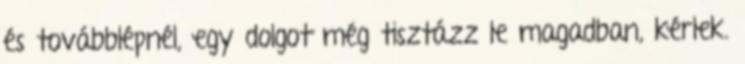
és továbblépnél, egy dolgot még tisztázz le magadban, kérlek.